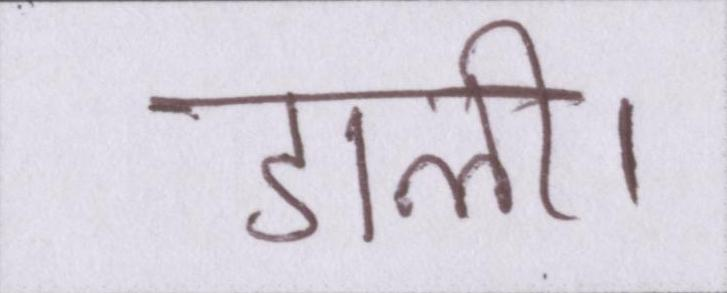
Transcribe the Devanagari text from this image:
डाली।